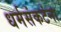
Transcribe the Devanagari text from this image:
धर्मसंकटंना